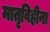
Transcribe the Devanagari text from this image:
मातृविहीना